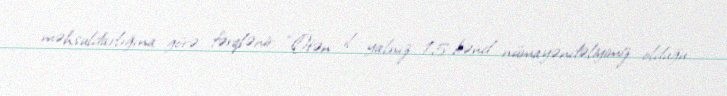
məhsuldarlığına görə fərqlənir: “Ötən il yalnız 15 kənd nümayəndəliyimiz olduğu